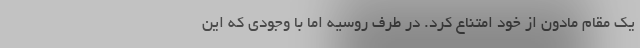
یک مقام مادون از خود امتناع کرد. در طرف روسیه اما با وجودی که این